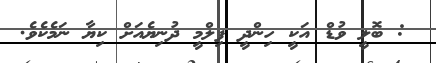
: ބޮލީ ވުޑް އަކީ ހިންދީ ފިލްމީ ދުނިޔެއަށް ކިޔާ ނަމެކެވެ.